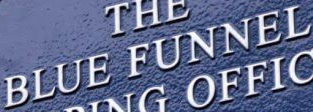
BLUE FUNNEL